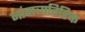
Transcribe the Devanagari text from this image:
नांवाव्यतिरिक्त